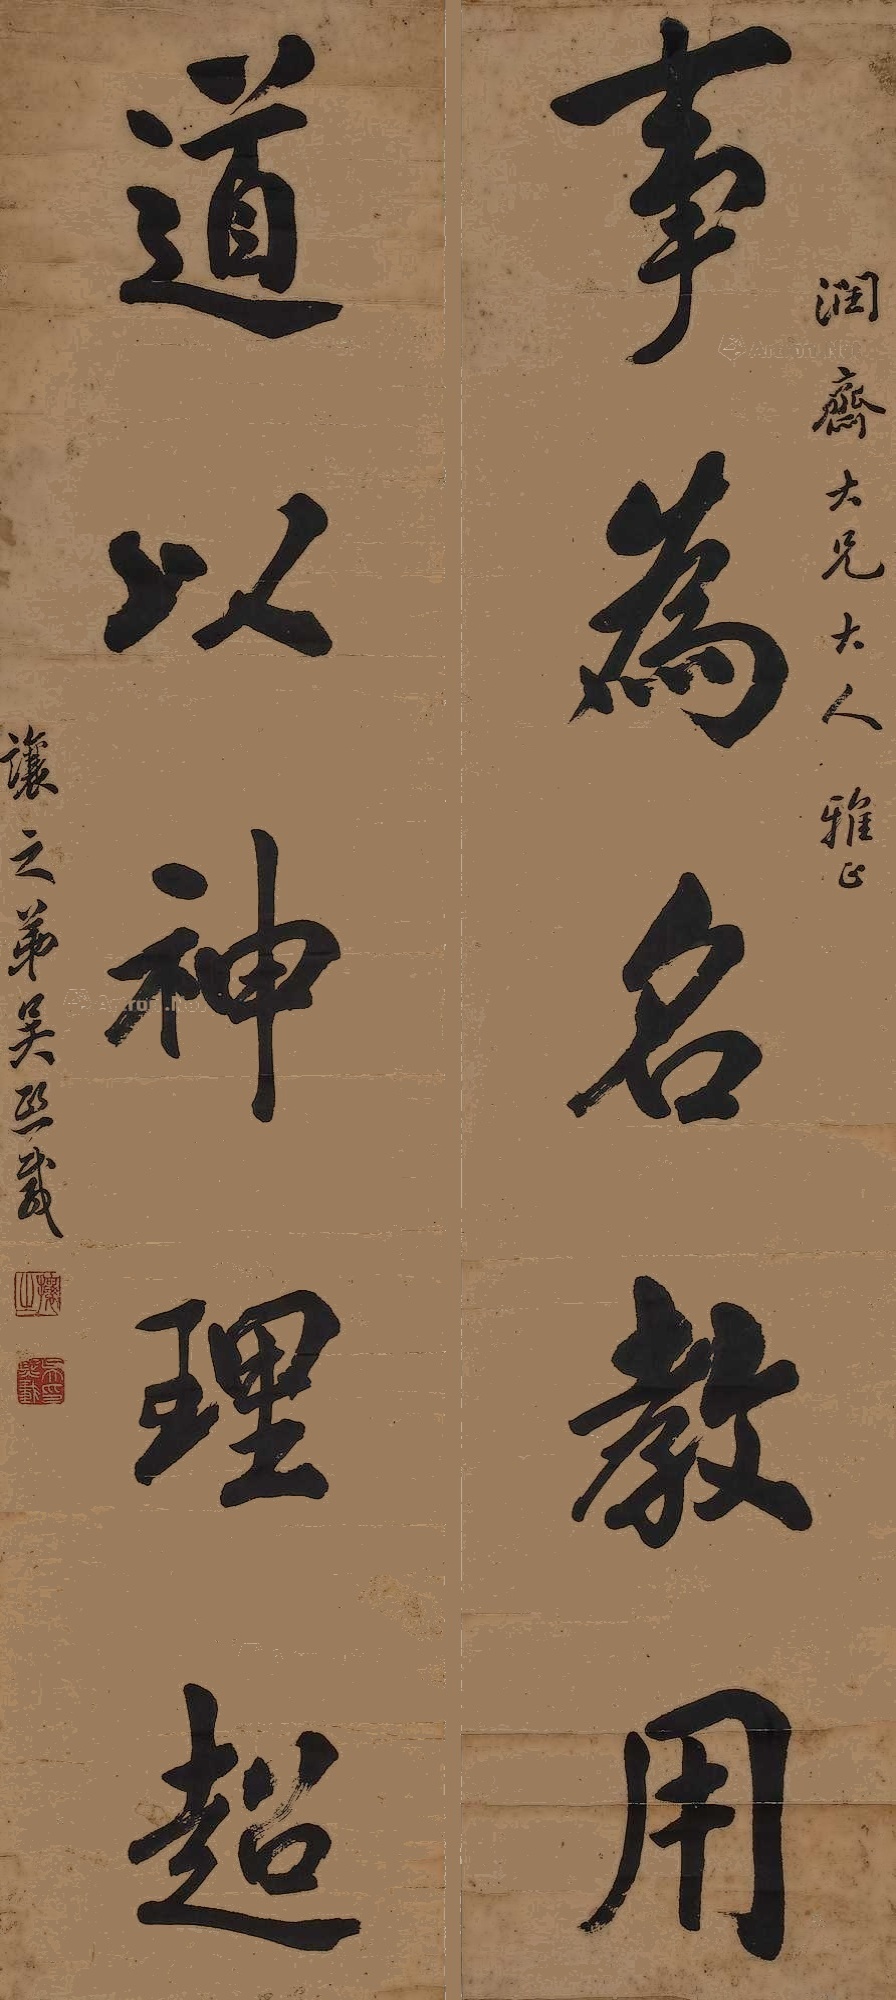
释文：事为名教用，道以神理超。润斋大兄大人雅正，攘之弟吴熙载。